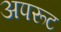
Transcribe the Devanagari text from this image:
अपरूट